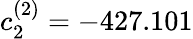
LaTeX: c_{2}^{(2)}=-427.101